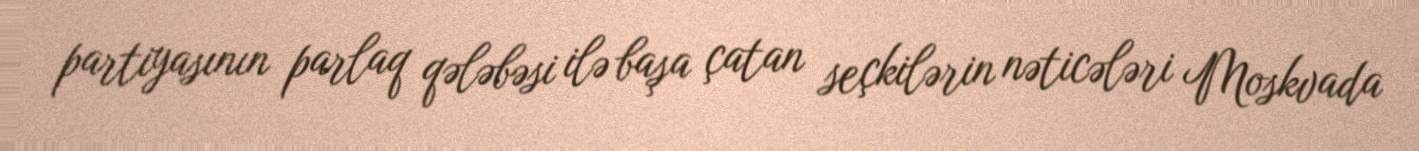
partiyasının parlaq qələbəsi ilə başa çatan seçkilərin nəticələri Moskvada